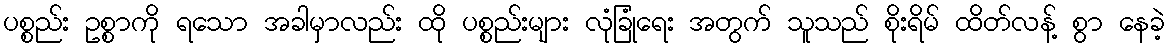
ပစ္စည်း ဥစ္စာကို ရသော အခါမှာလည်း ထို ပစ္စည်းများ လုံခြုံရေး အတွက် သူသည် စိုးရိမ် ထိတ်လန့် စွာ နေခဲ့